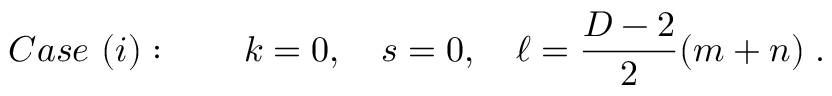
C a s e \ ( i ) : \qquad k = 0 , \quad s = 0 , \quad \ell = \frac { D - 2 } { 2 } ( m + n ) \; .